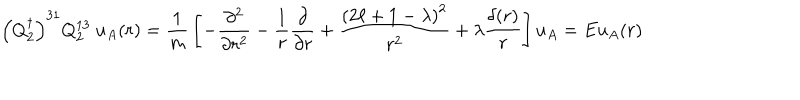
\left( Q _ { 2 } ^ { \dagger } \right) ^ { 3 1 } Q _ { 2 } ^ { 1 3 } \ u _ { A } ( { r } ) = { \frac { 1 } { m } } \left[ - { \frac { \partial ^ { 2 } } { \partial r ^ { 2 } } } - { \frac { 1 } { r } } { \frac { \partial } { \partial r } } + { \frac { \left( 2 \ell + 1 - \lambda \right) ^ { 2 } } { r ^ { 2 } } } + \lambda { \frac { \delta ( r ) } { r } } \right] u _ { A } = E u _ { A } ( { r } )